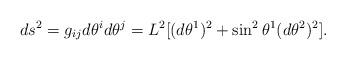
LaTeX: \begin{align*}ds^{2} = g_{ij} d\theta^{i} d\theta^{j} = L^{2}[(d\theta^{1})^{2}+ \sin ^{2} \theta^{1} (d\theta ^{2})^{2}].\end{align*}